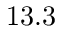
1 3 . 3